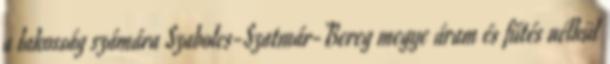
a lakosság számára Szabolcs-Szatmár-Bereg megye áram és fűtés nélkül